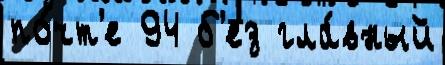
по́чт'е 94 б'ез гла́вный